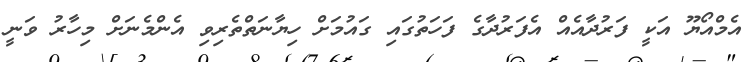
އެމްއޯޔޫ އަކީ ފަރުދާއެއް އެފަރުދާގެ ފަހަތުގައި ގައުމަށް ހިޔާނަތްތެރިވި އެންމެނަށް މިހާރު ވަނީ